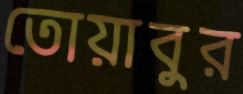
তোয়াবুর